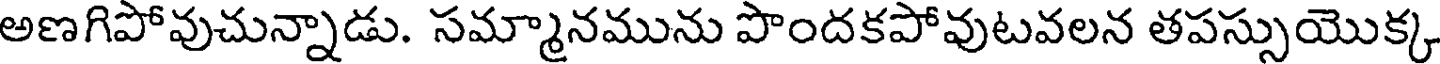
అణగిపోవుచున్నాడు. సమ్మానమును పొందకపోవుటవలన తపస్సుయొక్క